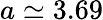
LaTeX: a\simeq 3.69